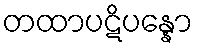
တထာပဋိပန္နော